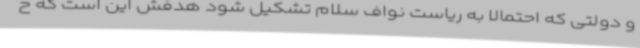
و دولتی که احتمالا به ریاست نواف سلام تشکیل شود هدفش این است که ح